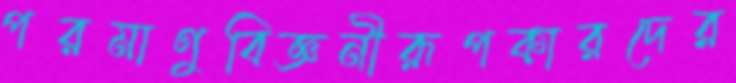
পরমাণুবিজ্ঞনীরূপকারদের